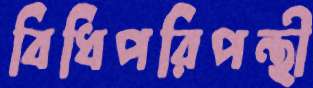
বিধিপরিপন্থী